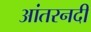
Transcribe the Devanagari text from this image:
आंतरनदी